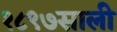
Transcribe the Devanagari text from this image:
१८९७साली